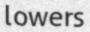
lowers